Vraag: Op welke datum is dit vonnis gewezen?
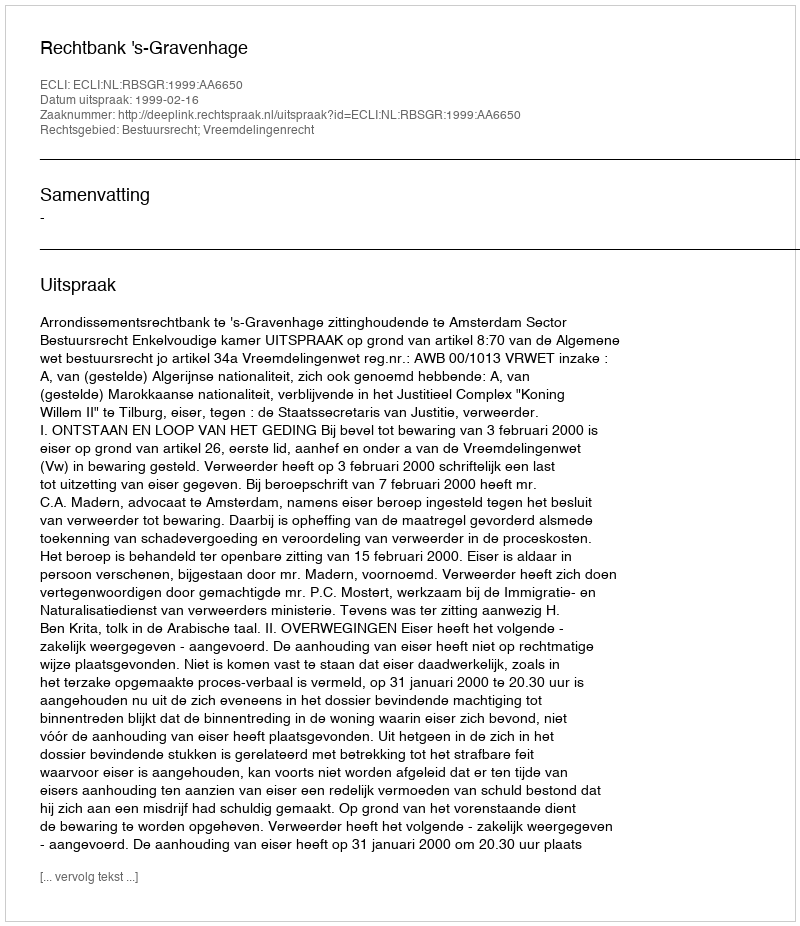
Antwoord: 1999-02-16